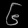
Digit: ၆